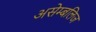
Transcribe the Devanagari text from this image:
असेम्बलिज